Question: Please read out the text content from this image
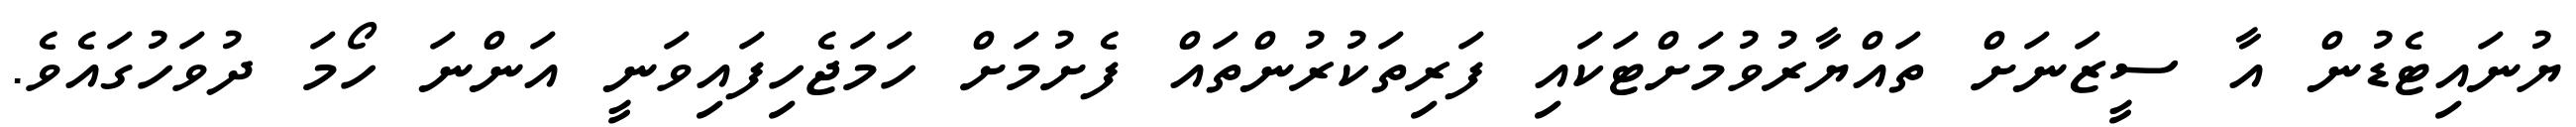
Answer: ޔުނައިޓެޑުން އާ ސީޒަނަށް ތައްޔާރުވުމަށްޓަކައި ފަރިތަކުރުންތައް ފެށުމަށް ހަމަޖެހިފައިވަނީ އަންނަ ހޯމަ ދުވަހުގައެވެ.